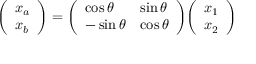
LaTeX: { \left( \begin{array} { l } { x _ { a } } \\ { x _ { b } } \end{array} \right) } = { \left( \begin{array} { l l } { \cos \theta } & { \sin \theta } \\ { - \sin \theta } & { \cos \theta } \end{array} \right) } { \left( \begin{array} { l } { x _ { 1 } } \\ { x _ { 2 } } \end{array} \right) }